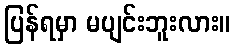
ပြန်ရမှာ မပျင်းဘူးလား။